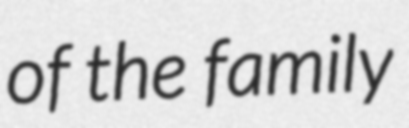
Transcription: of the family